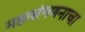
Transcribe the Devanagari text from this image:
महासंगणनाचा